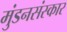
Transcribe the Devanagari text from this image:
मुंडनसंस्कार